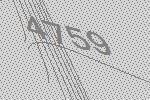
4759